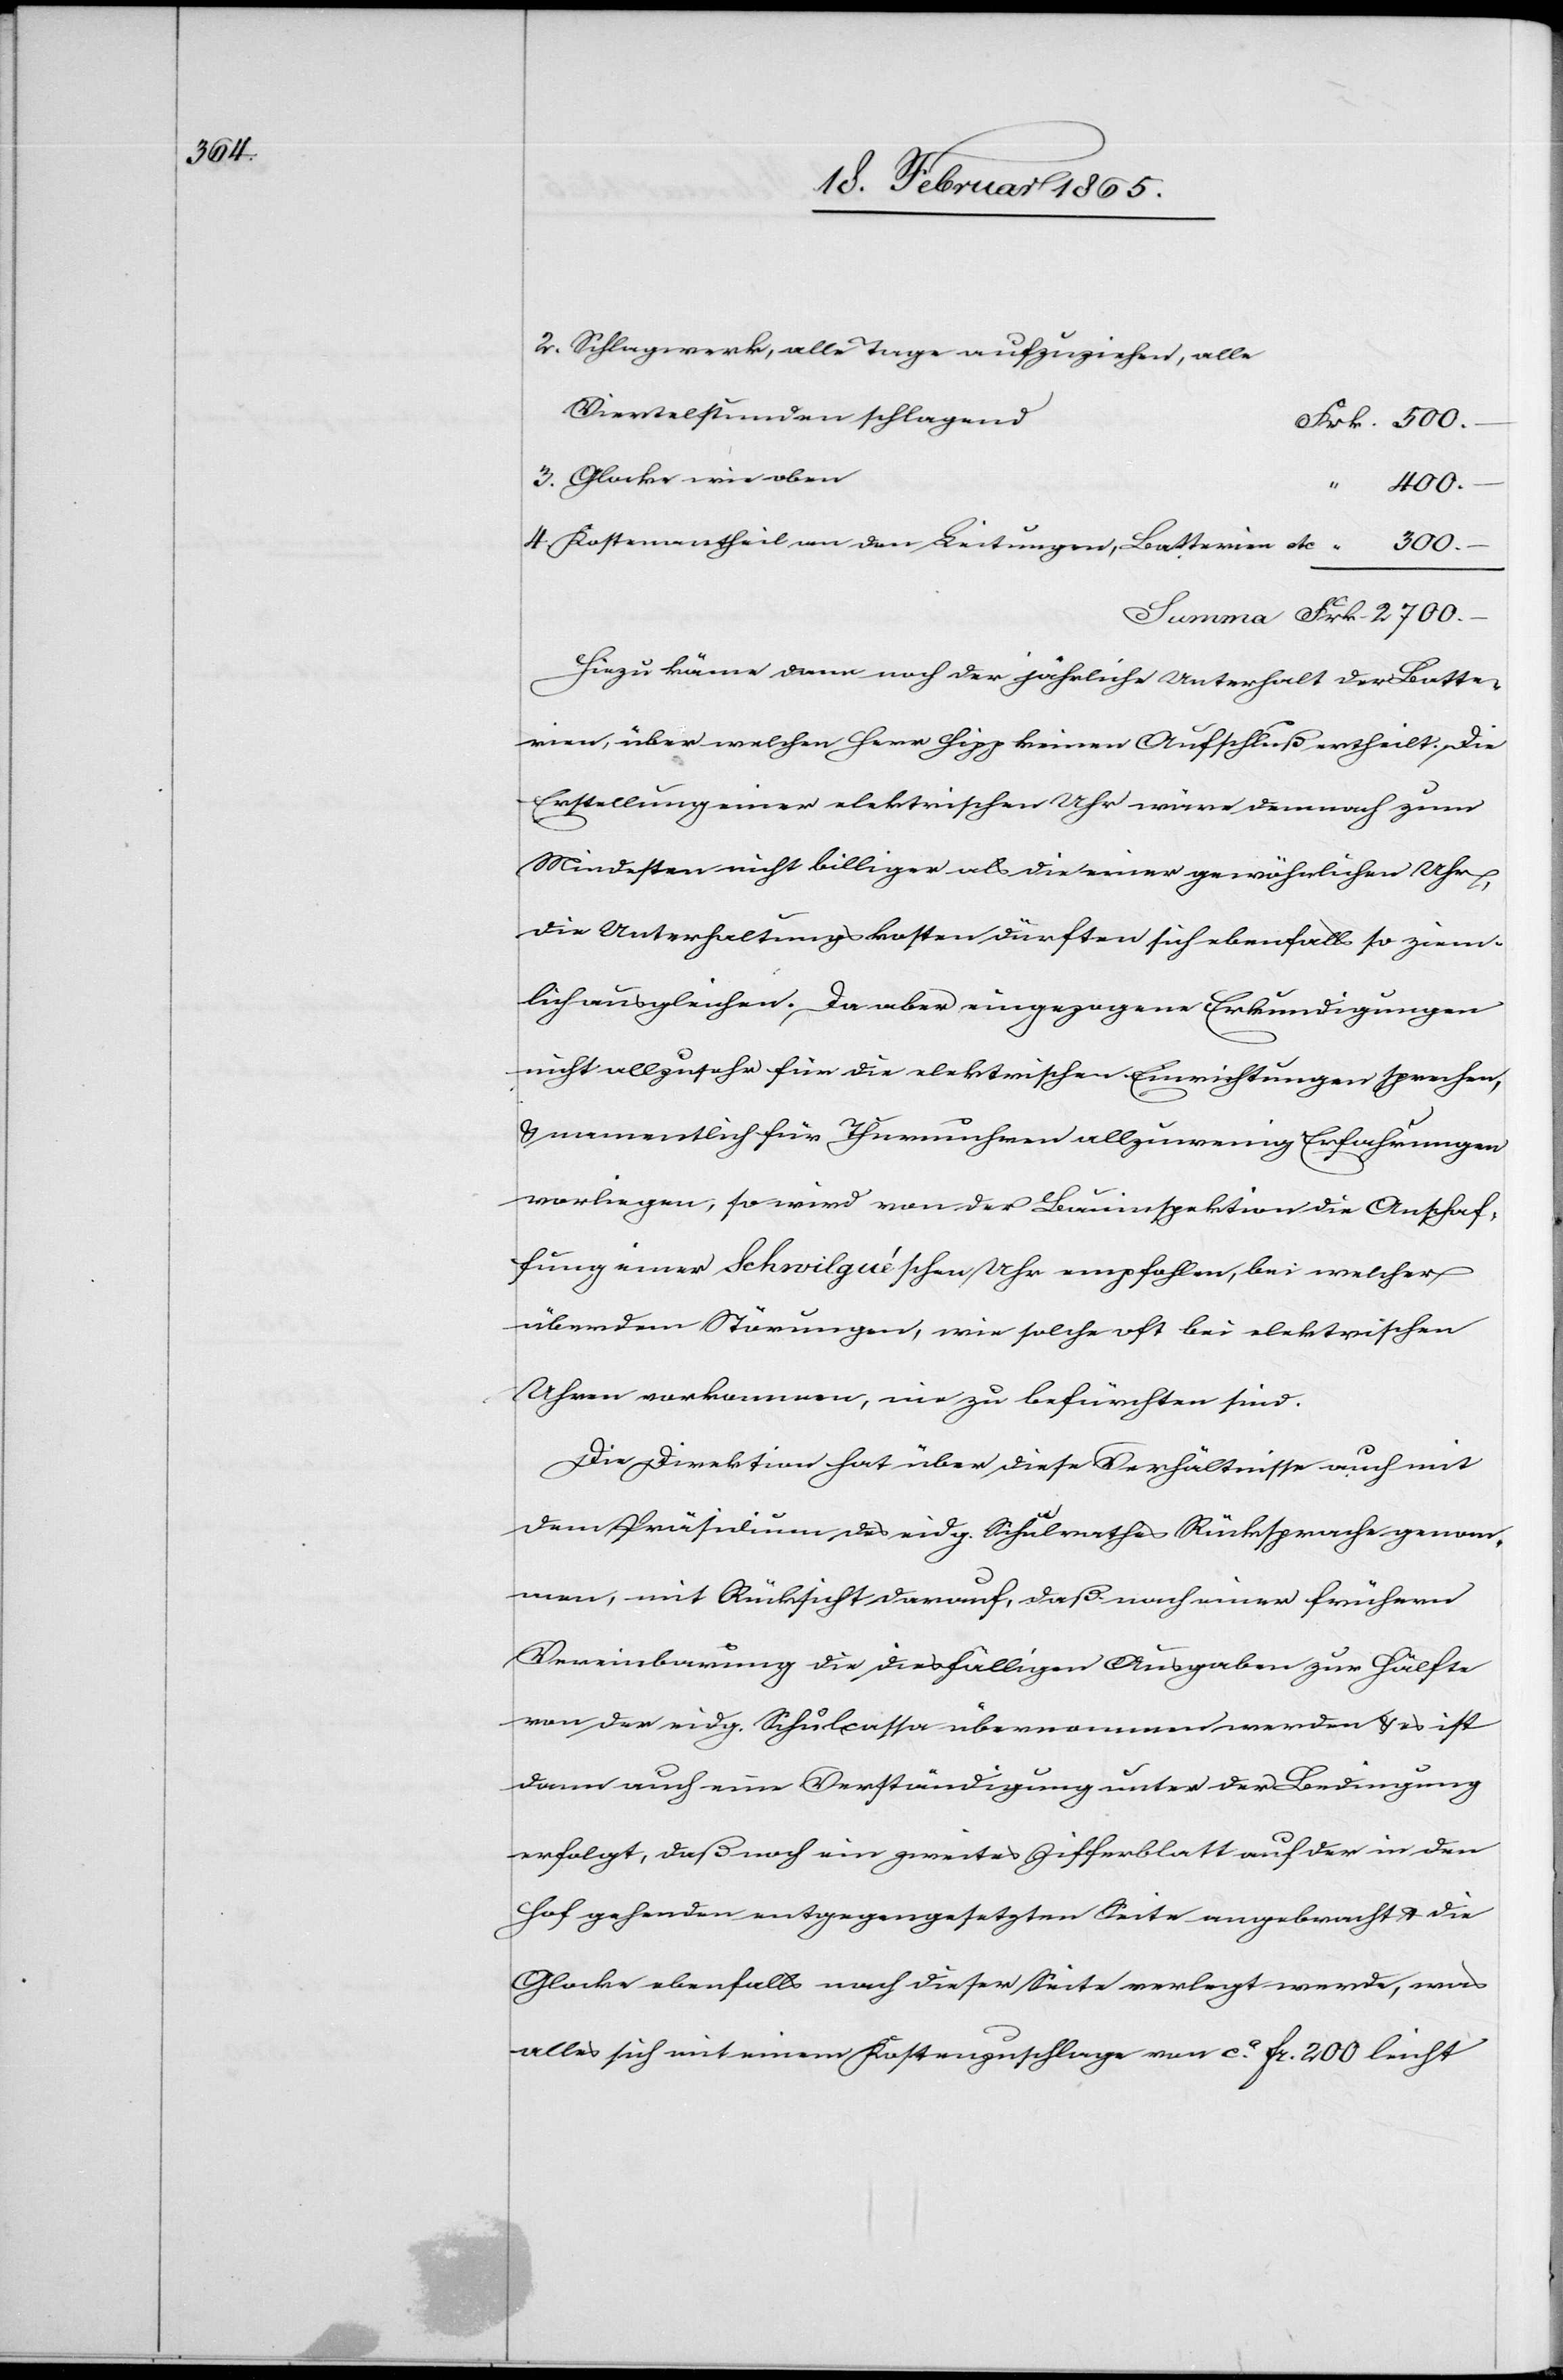
Schlagwerk, alle Tage aufzuziehen, alle
Viertelstunden schlagend
Glocke wie oben
2700.
Kostenantheil an den Leitungen, Batterien etc
Hiezu käme dann noch der jährliche Unterhalt der Batte¬
rien, über welchen Herr Hipp keinen Aufschluß ertheilt. Die
Erstellung einer elektrischen Uhr wäre demnach zum
Mindesten nicht billiger als die einer gewöhnlichen Uhr,
die Unterhaltungskosten dürften sich ebenfalls so ziem¬
lich ausgleichen. Da aber eingezogene Erkundigungen
nicht allzusehr für die elektrischen Einrichtungen sprechen,
u. namentlich für Thurmuhren allzuwenig Erfahrungen
vorliegen, so wird von der Bauinspektion die Anschaf¬
fung einer Schwilguéschen Uhr empfohlen, bei welcher
–
überdem Störungen, wie solche oft bei elektrischen
Uhren vorkommen, nie zu befürchten sind.
Die Direktion hat über diese Verhältnisse auch mit
dem Präsidium des eidg. Schulrathes Rücksprache genom¬
men, mit Rücksicht darauf, daß nach einer frühern
Vereinbarung die diesfälligen Ausgaben zur Hälfte
von der eidg. Schulcassa übernommen werden u. es ist
dann auch eine Verständigung unter der Bedingung
erfolgt, daß noch ein zweites Zifferblatt auf der in den
Hof gehenden entgegengesetzten Seite angebracht u die
Glocke ebenfalls nach dieser Seite verlegt werde, was
alles sich mit einem Kostenzuschlage von ca fr. 200 leicht